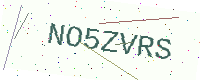
Text: NO5ZVRS